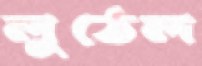
লুঠেল